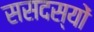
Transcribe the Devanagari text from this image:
ससदस्यों